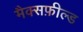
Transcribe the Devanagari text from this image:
मैक्सफ़ील्ड